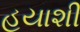
હયાશી